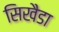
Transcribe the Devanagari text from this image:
सिखैडा